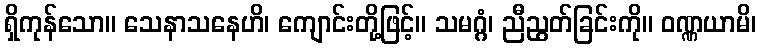
ရှိကုန်သော။ သေနာသနေဟိ၊ ကျောင်းတို့ဖြင့်။ သမဂ္ဂံ၊ ညီညွတ်ခြင်းကို။ ဝဏ္ဏယာမိ၊